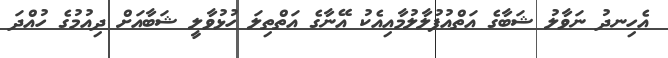
އެހިނދު ނަވާލު ޝަބާގެ އަތްއުފުލާލުމާއިއެކު އޭނާގެ އަތްތިލަ ހުޅުވާލީ ޝަބާއަށް ދިއުމުގެ ހުއްދަ